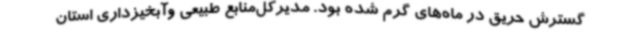
گسترش حریق در ماه‌های گرم شده بود. مدیرکل‌منابع طبیعی وآبخیزداری استان